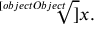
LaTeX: { \sqrt [ [object Object] ] { x } } .